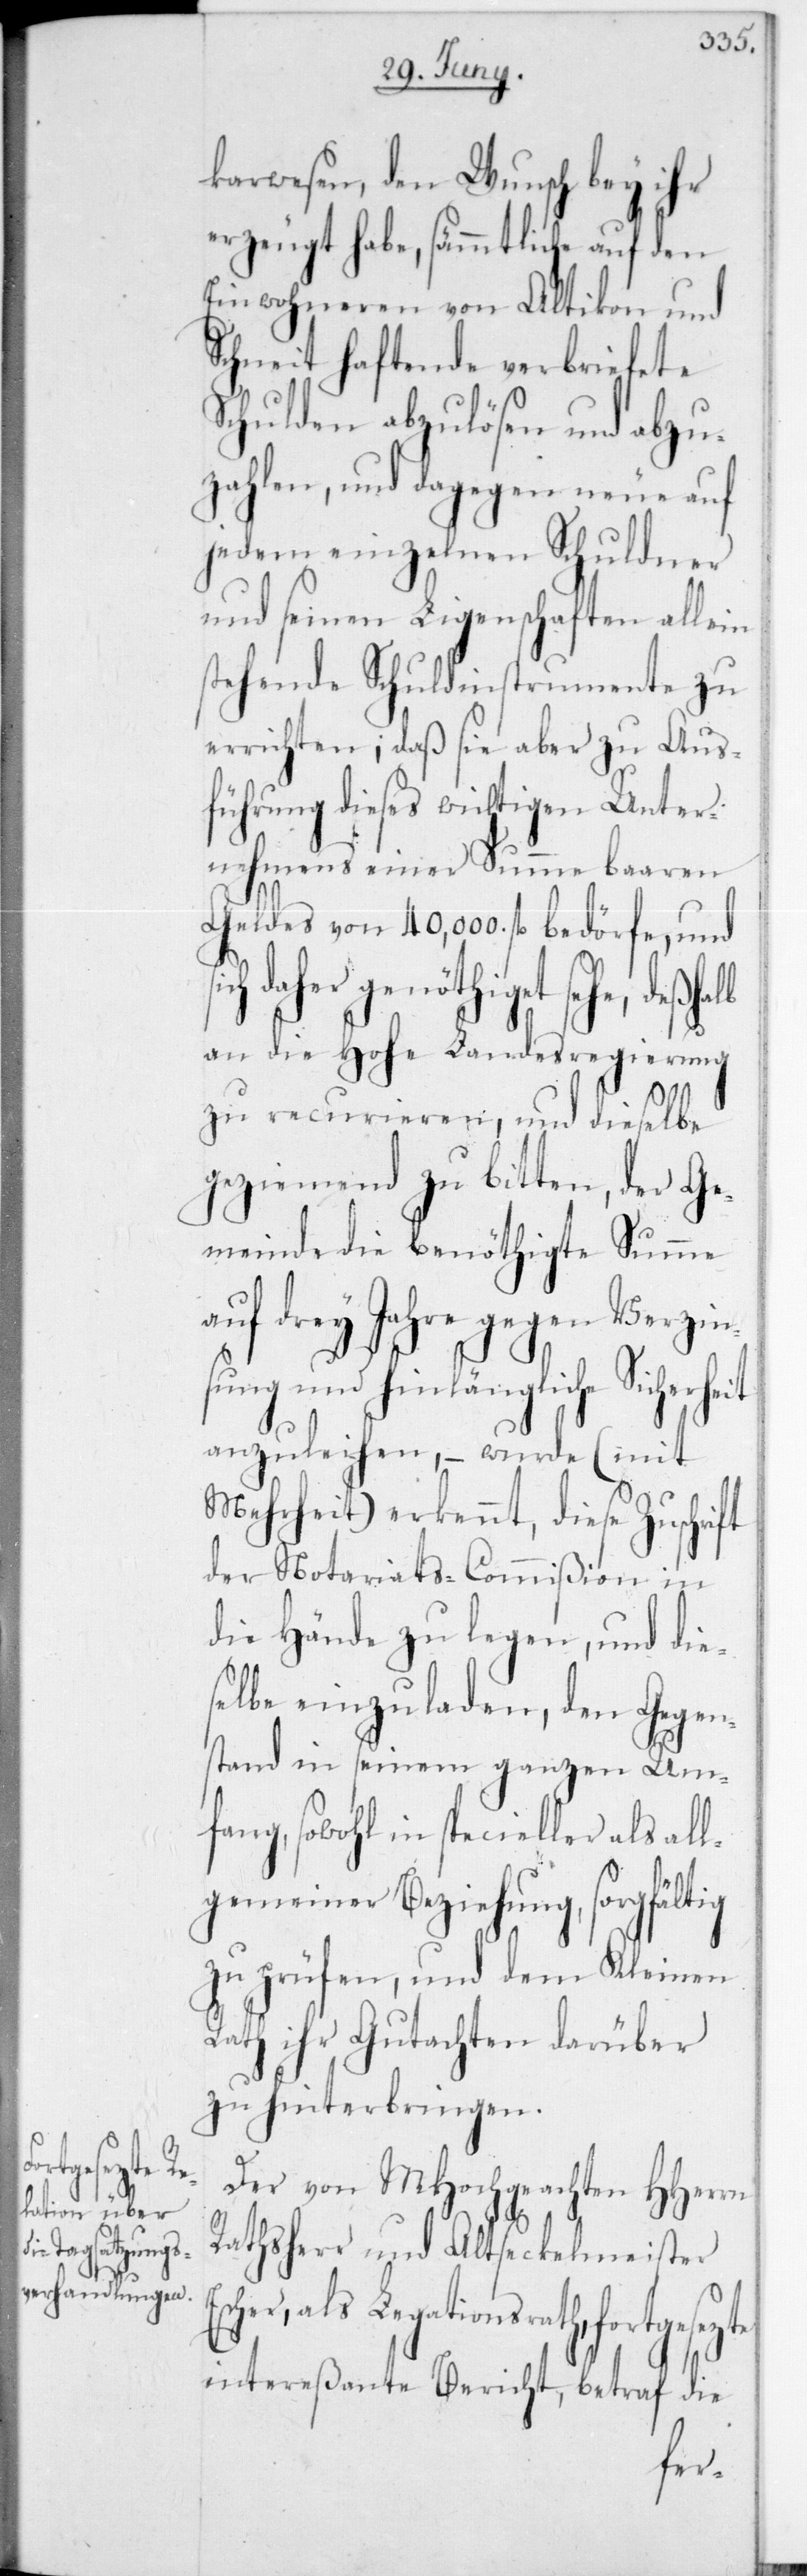
gesetzte
E¬

karwesen, den Wunsch bey ihr
erzeugt habe, sämmtliche auf den
Einwohneren von Altikon und
Schneit haftende verbriefete
Schulden abzulösen und abzu¬
zahlen, und dagegen neue auf
jedem einzelnen Schuldner
und seinen Liegenschaften allein
stehende Schuldinstrumente zu
errichten; daß sie aber zu Aus¬
führung deses wichtgen Unter¬
nehmens einer Summe baaren
Geldes von 40'000 fl. bedörfe, und
daher genöthiget sehe,
an die Hohe Landesregierung
zu recurrieren, und dieselbe
geziemend zu bitten, der Ge¬
meinde die benöthigte Summe
auf drey Jahre gegen Verzin¬
sung und hinlängliche Sicherheit
anzuleihen, – wurde (mit
Mehrheit) erkennt, diese Zuschrift
der Notariats-Commißion in
die Hände zu legen, und die¬
selbe einzuladen, den Gegen¬
stand in seinem ganzen Um¬
fang, sowohl in specieller als al¬
lgemeiner Beziehung , sorgfältig
zu prüfen, und dem Kleinen
Rath ihr Gutachten darüber
zu hinterbringen.
Der von MHochgeachten HHerrn
Rathsherr und Altseckelmeister
scher, als Legationsrath, fort¬
intereßante Bericht, betraf die